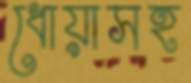
ধোয়াসহ